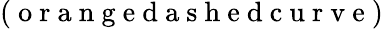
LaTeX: (\mathrm{~o~r~a~n~g~e~d~a~s~h~e~d~c~u~r~v~e~})